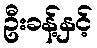
ဦးခန့်နှင့်